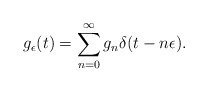
\begin{align*} g_{\epsilon}(t) = \sum\limits_{n=0}^{\infty} g_n \delta(t-n\epsilon). \end{align*}